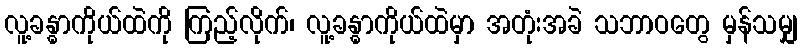
လူ့ခန္ဓာကိုယ်ထဲကို ကြည့်လိုက်၊ လူ့ခန္ဓာကိုယ်ထဲမှာ အတုံးအခဲ သဘာဝတွေ မှန်သမျှ